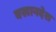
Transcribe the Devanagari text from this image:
वखानदेश